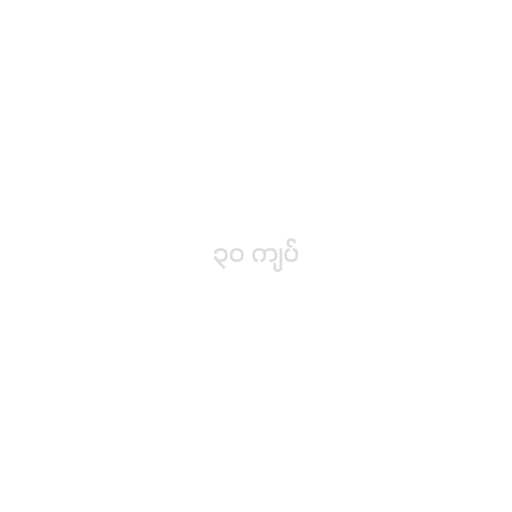
၃၀ ကျပ်